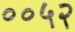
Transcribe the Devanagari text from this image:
००५२